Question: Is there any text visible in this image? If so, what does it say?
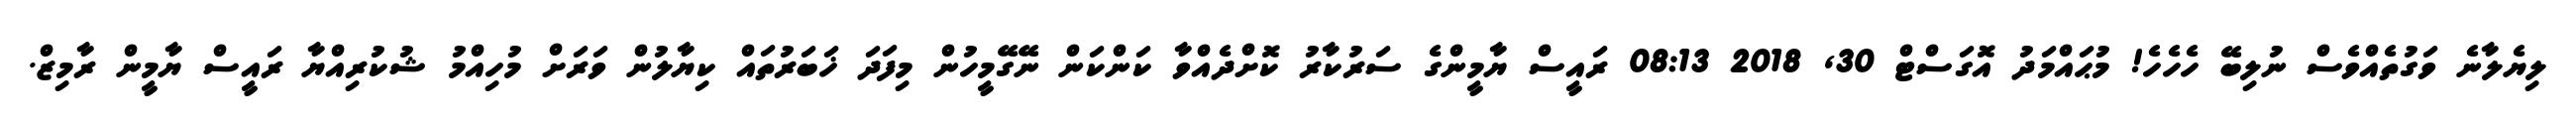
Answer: ލިޔެލާނެ ވަގުތެއްވެސް ނުލިބޭ ހެހެހެ! މުޙައްމަދު އޮގަސްޓް 30, 2018 08:13 ރައީސް ޔާމީންގެ ސަރުކާރު ކޮށްދެއްވާ ކަންކަން ނޭގޭމީހުން މިފަދަ ޚަބަރުތައް ކިޔާލުން ވަރަށް މުހިއްމު ޝުކުރިއްޔާ ރައީސް ޔާމީން ރާމިޒް.